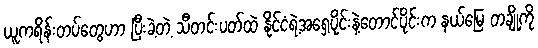
ယူကရိန်းတပ်တွေဟာ ပြီးခဲ့တဲ့ သီတင်းပတ်ထဲ နိုင်ငံရဲ့အရှေ့ပိုင်းနဲ့တောင်ပိုင်းက နယ်မြေ တချို့ကို